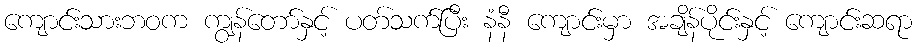
ကျောင်းသားဘဝက ကျွန်တော်နှင့် ပတ်သက်ပြီး နံနီ ကျောင်းမှာ အချိန်ပိုင်းနှင့် ကျောင်းဆရာ